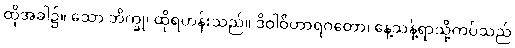
ထိုအခါ၌။ သော ဘိက္ခု၊ ထိုရဟန်းသည်။ ဒိဝါဝိဟာရဂတော၊ နေ့သန့်ရာသို့ကပ်သည်